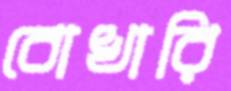
বোখারি